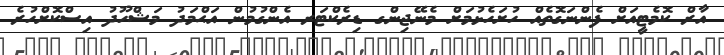
އާރް ކޮމެޓީއަށް ފެންނަގޮތެއް ހުށަހެޅުމަށް މެނޭޖިންގ ޑިރެކްޓަރ އެންގުމުން އަޙްމަދު މަޝްހޫދު އިސްކޮށްހުރެ